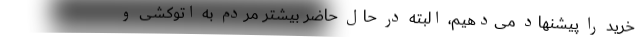
خرید را پیشنهاد می‌دهیم، البته در حال حاضر بیشتر مردم به اتوکشی و